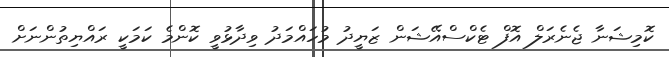
ކޮމިޝަނާ ޖެނެރަލް އޮފް ޓެކްސްއޭޝަން ޒަޔީދު މުހައްމަދު ވިދާޅުވީ ކޮންމެ ކަމަކީ ރައްޔިތުންނަށް